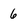
Character: 6